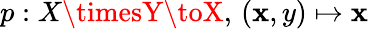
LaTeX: p:X\timesY\toX,\, (\mathbf{x},y)\mapsto\mathbf{x}